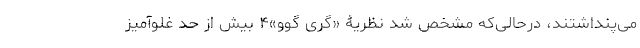
می‌پنداشتند، درحالی‌که مشخص شد نظریۀ «گِری گوو»۴ بیش از حد غلوآمیز